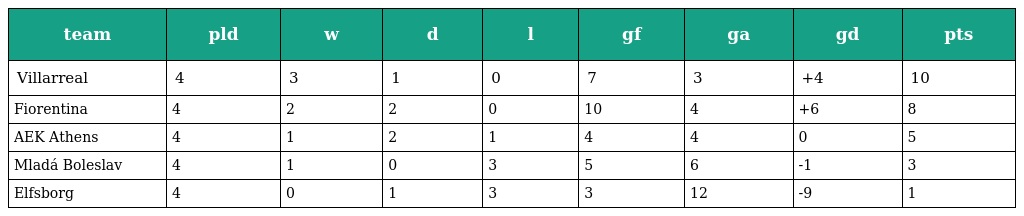
| team | pld | w | d | l | gf | ga | gd | pts |
 | --- | --- | --- | --- | --- | --- | --- | --- | --- |
 | Villarreal | 4 | 3 | 1 | 0 | 7 | 3 | +4 | 10 |
 | Fiorentina | 4 | 2 | 2 | 0 | 10 | 4 | +6 | 8 |
 | AEK Athens | 4 | 1 | 2 | 1 | 4 | 4 | 0 | 5 |
 | Mladá Boleslav | 4 | 1 | 0 | 3 | 5 | 6 | -1 | 3 |
 | Elfsborg | 4 | 0 | 1 | 3 | 3 | 12 | -9 | 1 |